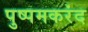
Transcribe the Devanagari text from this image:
पुष्पमकरंद